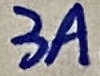
Text: 3A